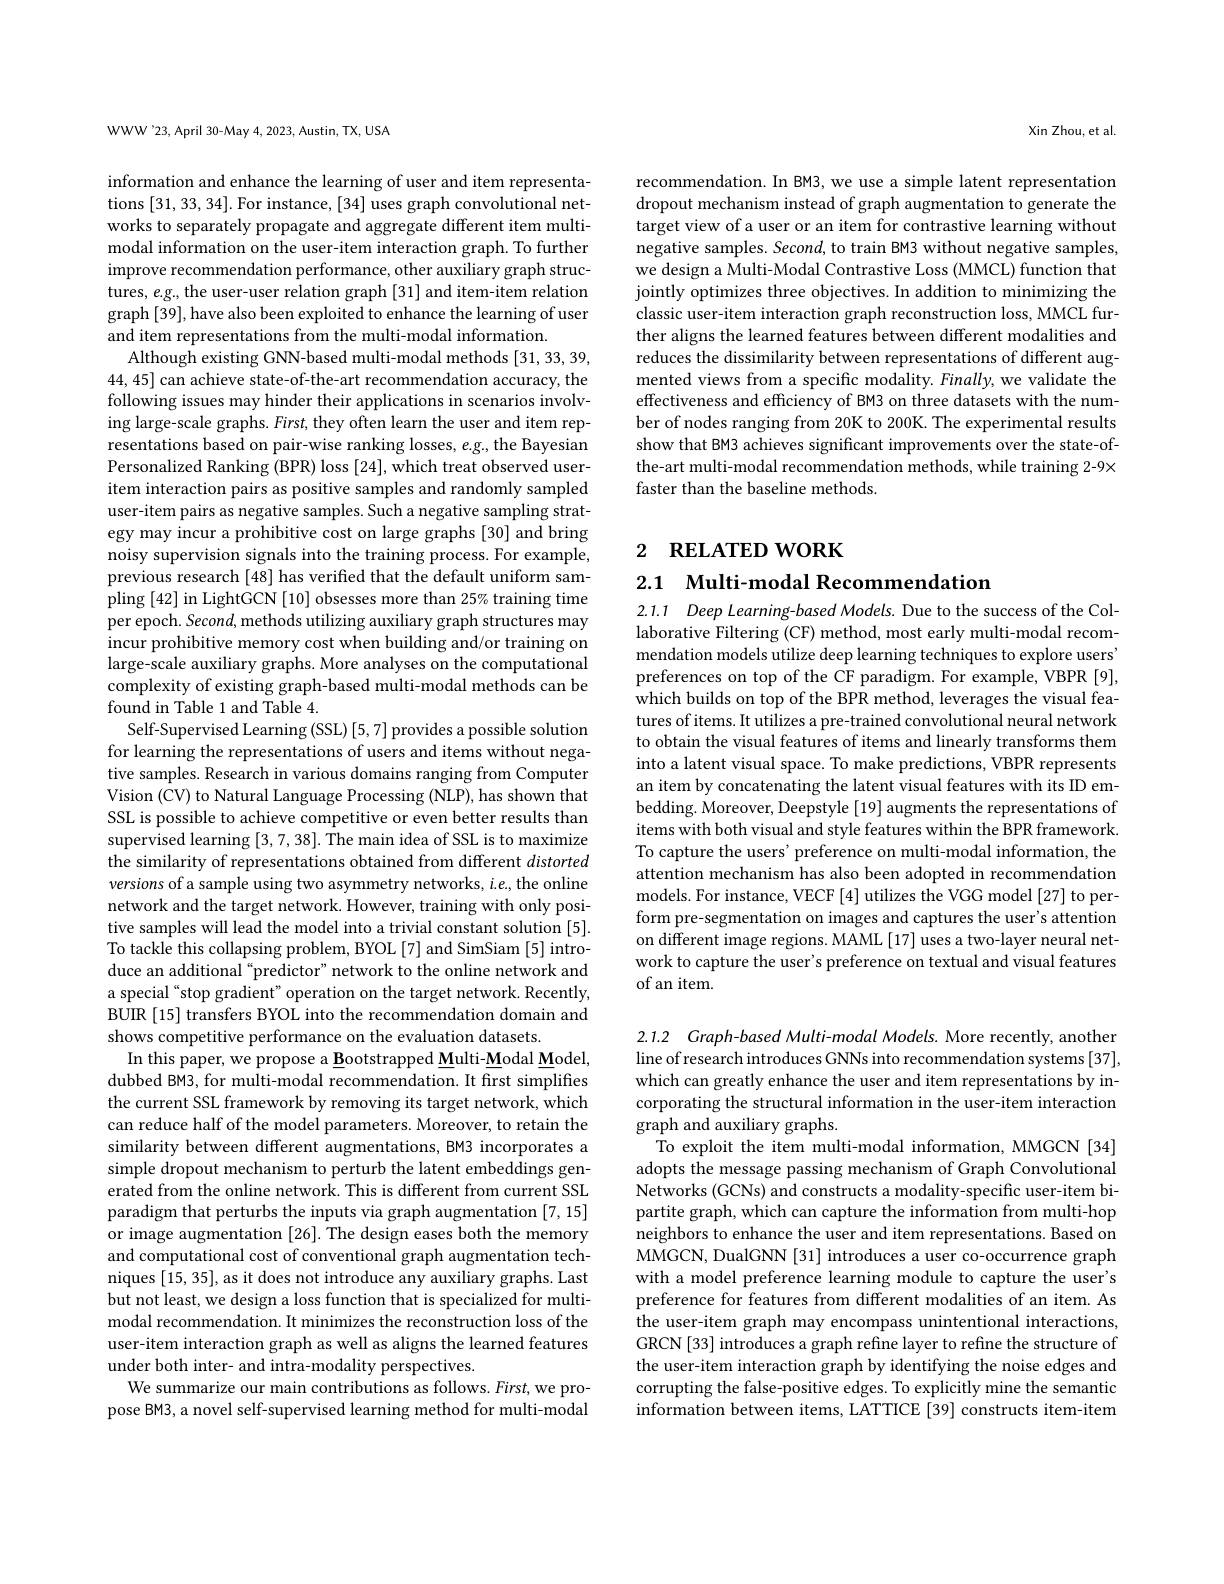
WWW'23, April 30-May 4, 2023, Austin, TX, USA

information and enhance the learning of user and item representations [31,33,34]. For instance, [34] uses graph convolutional networks to separately propagate and aggregate different item multimodal information on the user-item interaction graph. To further improve recommendation performance, other auxiliary graph structures, $e.g.$, the user-user relation graph [31] and item-item relation graph [39], have also been exploited to enhance the learning of user and item representations from the multi-modal information.
Although existing GNN-based multi-modal methods [31, 33, 39, 44,45] can achieve state-of-the-art recommendation accuracy, the following issues may hinder their applications in scenarios involving large-scale graphs. First, they often learn the user and item representations based on pair-wise ranking losses, e.g., the Bayesian Personalized Ranking (BPR) loss [24], which treat observed useritem interaction pairs as positive samples and randomly sampled user-item pairs as negative samples. Such a negative sampling strategy may incur a prohibitive cost on large graphs [30] and bring noisy supervision signals into the training process. For example, previous research [48] has verified that the default uniform sampling [42] in LightGCN [10] obsesses more than 25% training time per epoch. Second, methods utilizing auxiliary graph structures may incur prohibitive memory cost when building and/or training on large-scale auxiliary graphs. More analyses on the computational complexity of existing graph-based multi-modal methods can be found in Table 1 and Table 4.
Self-Supervised Learning (SSL) [5,7] provides a possible solution for learning the representations of users and items without negative samples. Research in various domains ranging from Computer Vision (CV) to Natural Language Processing (NLP), has shown that SSL is possible to achieve competitive or even better results than supervised learning [3,7,38]. The main idea of SSL is to maximize the similarity of representations obtained from different distorted versions of a sample using two asymmetry networks, $i.e.$, the online network and the target network. However, training with only positive samples will lead the model into a trivial constant solution [5]. To tackle this collapsing problem, BYOL [7] and SimSiam [5] introduce an additional “predictor” network to the online network and a special“stop gradient”operation on the target network. Recently, BUIR [15] transfers BYOL into the recommendation domain and shows competitive performance on the evaluation datasets.
In this paper, we propose a Bootstrapped Multi-Modal Model, dubbed BM3, for multi-modal recommendation. It first simplifies the current SSL framework by removing its target network, which can reduce half of the model parameters. Moreover, to retain the similarity between different augmentations, BM3 incorporates a simple dropout mechanism to perturb the latent embeddings generated from the online network. This is different from current SSL paradigm that perturbs the inputs via graph augmentation [7,15] or image augmentation [26]. The design eases both the memory and computational cost of conventional graph augmentation techniques [15,35], as it does not introduce any auxiliary graphs. Last but not least, we design a loss function that is specialized for multimodal recommendation. It minimizes the reconstruction loss of the user-item interaction graph as well as aligns the learned features under both inter- and intra-modality perspectives.
We summarize our main contributions as follows. First, we propose BM3, a novel self-supervised learning method for multi-modal

Xin Zhou, et al.

recommendation. In BM3, we use a simple latent representation dropout mechanism instead of graph augmentation to generate the target view of a user or an item for contrastive learning without negative samples. Second, to train BM3 without negative samples, we design a Multi-Modal Contrastive Loss (MMCL) function that jointly optimizes three objectives. In addition to minimizing the classic user-item interaction graph reconstruction loss, MMCL further aligns the learned features between different modalities and reduces the dissimilarity between representations of different augmented views from a specific modality. Finally, we validate the effectiveness and efficiency of BM3 on three datasets with the number of nodes ranging from 20K to 200K. The experimental results show that BM3 achieves significant improvements over the state-ofthe-art multi-modal recommendation methods, while training 2-9X faster than the baseline methods.

# 2 RELATED WORK

2.1 Multi-modal Recommendation

2.1.1 Deep Learning-based Models. Due to the success of the Collaborative Filtering (CF) method, most early multi-modal recommendation models utilize deep learning techniques to explore users' preferences on top of the CF paradigm. For example, VBPR [9], which builds on top of the BPR method, leverages the visual features of items. It utilizes a pre-trained convolutional neural network to obtain the visual features of items and linearly transforms them into a latent visual space. To make predictions, VBPR represents an item by concatenating the latent visual features with its ID embedding. Moreover, Deepstyle [19] augments the representations of items with both visual and style features within the BPR framework. To capture the users' preference on multi-modal information, the attention mechanism has also been adopted in recommendation models. For instance, VECF [4] utilizes the VGG model [27] to perform pre-segmentation on images and captures the user's attention on different image regions. MAML[17] uses a two-layer neural network to capture the user's preference on textual and visual features of an item.

2.1.2 Graph-based Multi-modal Models. More recently, another line of research introduces GNNs into recommendation systems[37], which can greatly enhance the user and item representations by incorporating the structural information in the user-item interaction graph and auxiliary graphs.
To exploit the item multi-modal information, MMGCN [34] adopts the message passing mechanism of Graph Convolutional Networks (GCNs) and constructs a modality-specific user-item bipartite graph, which can capture the information from multi-hop neighbors to enhance the user and item representations. Based on MMGCN, DualGNN [31] introduces a user co-occurrence graph with a model preference learning module to capture the user's preference for features from different modalities of an item. As the user-item graph may encompass unintentional interactions, GRCN[33] introduces a graph refine layer to refine the structure of the user-item interaction graph by identifying the noise edges and corrupting the false-positive edges. To explicitly mine the semantic information between items, LATTICE [39] constructs item-item